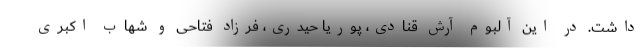
داشت. در این آلبوم آرش قنادی، پوریا حیدری، فرزاد فتاحی و شهاب اکبری